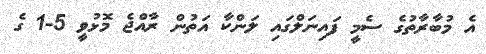
އެ މުބާރާތުގެ ސެމީ ފައިނަލްގައި ލަންކާ އަތުން ރާއްޖެ މޮޅުވީ 5-1 ގެ